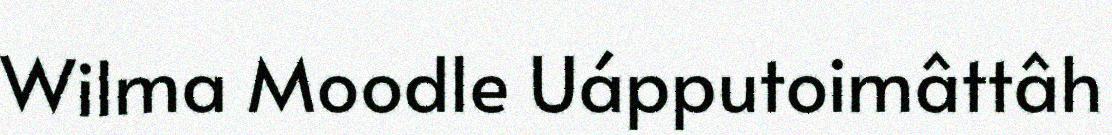
Wilma Moodle Uápputoimâttâh